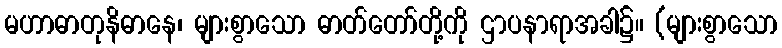
မဟာဓာတုနိဓာနေ၊ များစွာသော ဓာတ်တော်တို့ကို ဌာပနာရာအခါ၌။ (များစွာသော